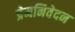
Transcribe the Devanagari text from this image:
प्रेमनिवेदन